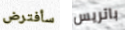
سأفترض باتريس